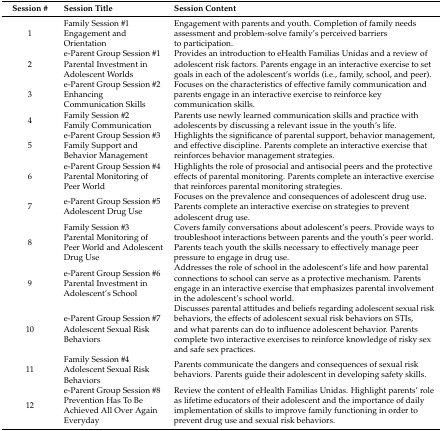
<table><thead><tr><td><b>Session #</b></td><td><b>Session Title</b></td><td><b>Session Content</b></td></tr></thead><tbody><tr><td>1</td><td>Family Session #1Engagement and Orientation </td><td>Engagement with parents and youth. Completion of family needs assessment and problem-solve family’s perceived barriers to participation.</td></tr><tr><td>2</td><td>e-Parent Group Session #1Parental Investment in Adolescent Worlds</td><td>Provides an introduction to eHealth Familias Unidas and a review of adolescent risk factors. Parents engage in an interactive exercise to set goals in each of the adolescent’s worlds (i.e., family, school, and peer).</td></tr><tr><td>3</td><td>e-Parent Group Session #2Enhancing Communication Skills</td><td>Focuses on the characteristics of effective family communication and parents engage in an interactive exercise to reinforce key communication skills.</td></tr><tr><td>4</td><td>Family Session #2Family Communication</td><td>Parents use newly learned communication skills and practice with adolescents by discussing a relevant issue in the youth’s life.</td></tr><tr><td>5</td><td>e-Parent Group Session #3Family Support and Behavior Management</td><td>Highlights the significance of parental support, behavior management, and effective discipline. Parents complete an interactive exercise that reinforces behavior management strategies.</td></tr><tr><td>6</td><td>e-Parent Group Session #4Parental Monitoring of Peer World</td><td>Highlights the role of prosocial and antisocial peers and the protective effects of parental monitoring. Parents complete an interactive exercise that reinforces parental monitoring strategies.</td></tr><tr><td>7</td><td>e-Parent Group Session #5Adolescent Drug Use</td><td>Focuses on the prevalence and consequences of adolescent drug use. Parents complete an interactive exercise on strategies to prevent adolescent drug use.</td></tr><tr><td>8</td><td>Family Session #3Parental Monitoring of Peer World and Adolescent Drug Use</td><td>Covers family conversations about adolescent’s peers. Provide ways to troubleshoot interactions between parents and the youth’s peer world. Parents teach youth the skills necessary to effectively manage peer pressure to engage in drug use.</td></tr><tr><td>9</td><td>e-Parent Group Session #6Parental Investment in Adolescent’s School</td><td>Addresses the role of school in the adolescent’s life and how parental connections to school can serve as a protective mechanism. Parents engage in an interactive exercise that emphasizes parental involvement in the adolescent’s school world.</td></tr><tr><td>10</td><td>e-Parent Group Session #7Adolescent Sexual Risk Behaviors</td><td>Discusses parental attitudes and beliefs regarding adolescent sexual risk behaviors, the effects of adolescent sexual risk behaviors on STIs, and what parents can do to influence adolescent behavior. Parents complete two interactive exercises to reinforce knowledge of risky sex and safe sex practices.</td></tr><tr><td>11</td><td>Family Session #4Adolescent Sexual Risk Behaviors</td><td>Parents communicate the dangers and consequences of sexual risk behaviors. Parents guide their adolescent in developing safety skills.</td></tr><tr><td>12</td><td>e-Parent Group Session #8Prevention Has To Be Achieved All Over Again Everyday</td><td>Review the content of eHealth Familias Unidas. Highlight parents’ role as lifetime educators of their adolescent and the importance of daily implementation of skills to improve family functioning in order to prevent drug use and sexual risk behaviors.</td></tr></tbody></table>